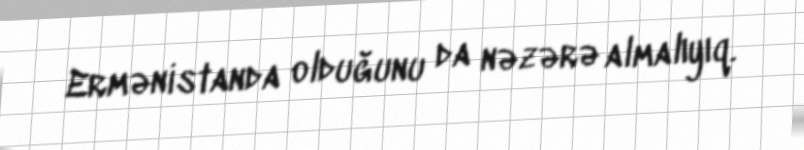
Ermənistanda olduğunu da nəzərə almalıyıq.